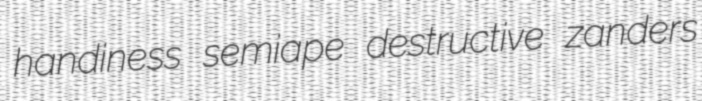
handiness semiape destructive zanders